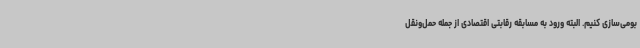
بومی‌سازی کنیم. البته ورود به مسابقه رقابتی اقتصادی از جمله حمل‌ونقل